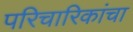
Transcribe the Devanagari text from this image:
परिचारिकांचा